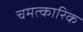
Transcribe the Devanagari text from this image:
चमत्‍कारिक